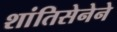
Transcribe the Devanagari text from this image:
शांतिसेनेने